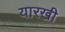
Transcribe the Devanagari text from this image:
यारखी